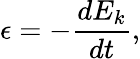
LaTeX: \epsilon=-\frac{dE_{k}}{dt},